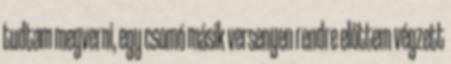
tudtam megverni, egy csomó másik versenyen rendre előttem végzett